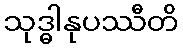
သုဒ္ဓါနုပဿီတိ